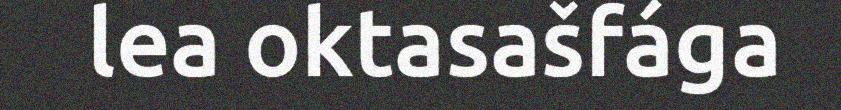
lea oktasašfága